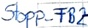
Text: Stopp_FB2